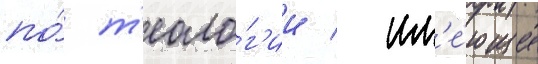
по́ т'еоло́г'ии / им'е́ющие